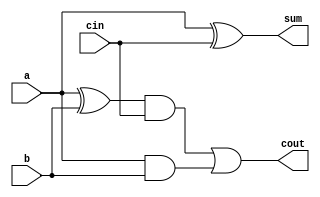
module full_adder 
  (a, b, cin, sum, cout);
 
  input  a , b, cin ;
  output sum , cout ;
 
  wire   w1;
  wire   w2;
  wire   w3;
       
  assign w1 = a ^ b;
  assign w2 = w1 & cin ;
  assign w3 = a & b;
 
  assign sum   = a ^ cin;
  assign cout = w2 | w3;
 
 
  //  assign sum   = a ^ b ^ cin;
  //    assign cout = (a ^ b) & cin) | (a & b);

   
endmodule